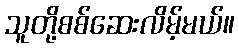
သူတို့စစ်ဆေးလိမ့်မယ်။